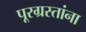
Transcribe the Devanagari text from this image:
पूरग्रस्‍तांना